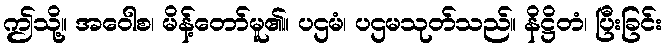
ဤသို့။ အဝေါစ၊ မိန့်တော်မူ၏။ ပဌမံ၊ ပဌမသုတ်သည်။ နိဋ္ဌိတံ၊ ပြီးခြင်း